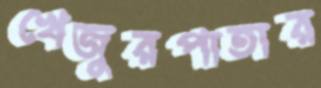
খেজুরপাতার